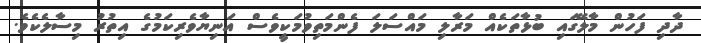
ދާދި ފަހުން މާލޭގައި ބުޅާތަކެއް މަރާލި މައްސަލަ ފެންމަތިވުމަކީވެސް އަނިޔާވެރިކަމުގެ އިތުރު މިސާލެކެވެ.